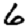
Digit: 6